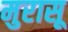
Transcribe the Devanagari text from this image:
मुरासू